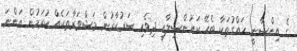
ގެ އިންސާނީ ހައްގުތަކާ ބެހޭ ކައުންސިލާއި ދިވެހި ސަރުކާރުން މަޝްވަރާތަކެއް ކުރަމުން އަންނަ